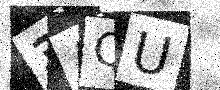
Text: 3AQU